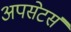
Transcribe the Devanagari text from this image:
अपसेटर्स